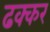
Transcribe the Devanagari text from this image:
ढक्कर